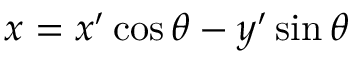
x = x ^ { \prime } \cos \theta - y ^ { \prime } \sin \theta